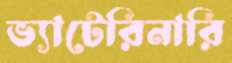
ভ্যাটেরিনারি